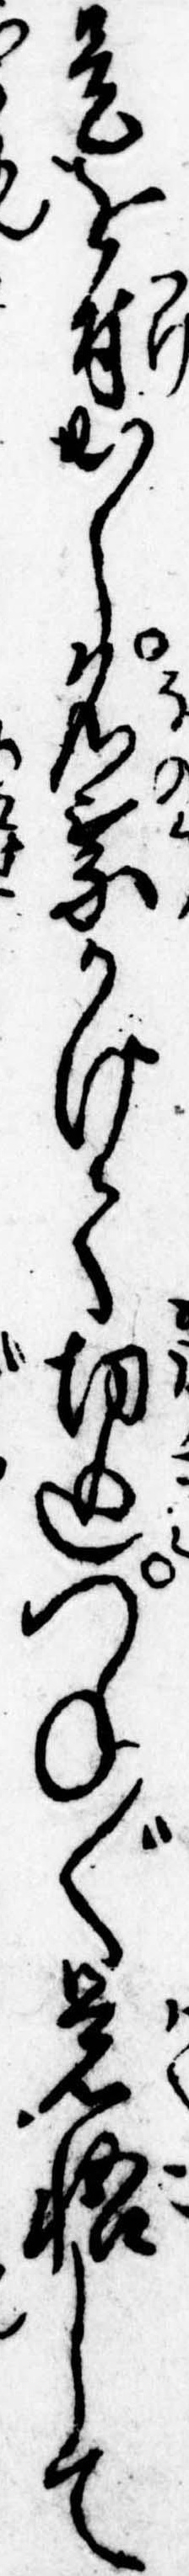
是を付出し名乗かけて切込つね〲覚悟して